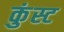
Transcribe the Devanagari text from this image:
कुंस्ट